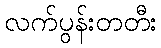
လက်ပွန်းတတီး